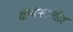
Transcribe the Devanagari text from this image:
क्षमापनस्तोत्र